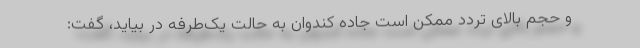
و حجم بالای تردد ممکن است جاده کندوان به حالت یک‌طرفه در بیاید، گفت: